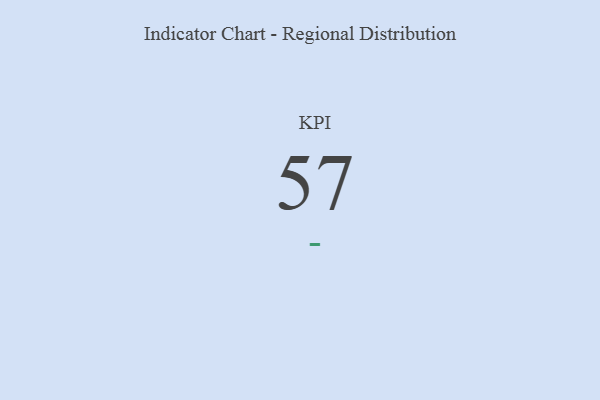
{"axis": {"x": "KPI", "y": "Value"}, "legend": [""], "data": [{"x": "KPI", "y": 57, "type": ""}]}